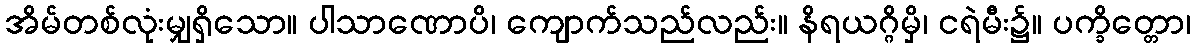
အိမ်တစ်လုံးမျှရှိသော။ ပါသာဏောပိ၊ ကျောက်သည်လည်း။ နိရယဂ္ဂိမှိ၊ ငရဲမီး၌။ ပက္ခိတ္တော၊